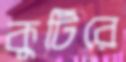
কুটিরে